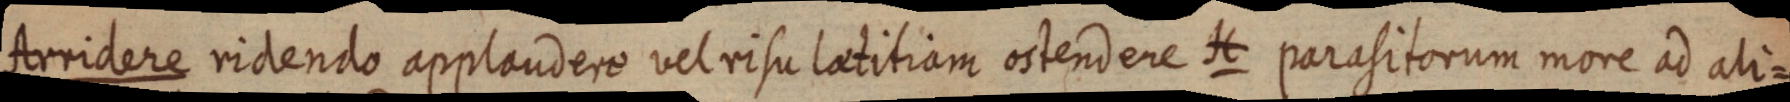
Arridere ridendo applaudero vel risu laetitiam ostendere H parasitorum more ad ali